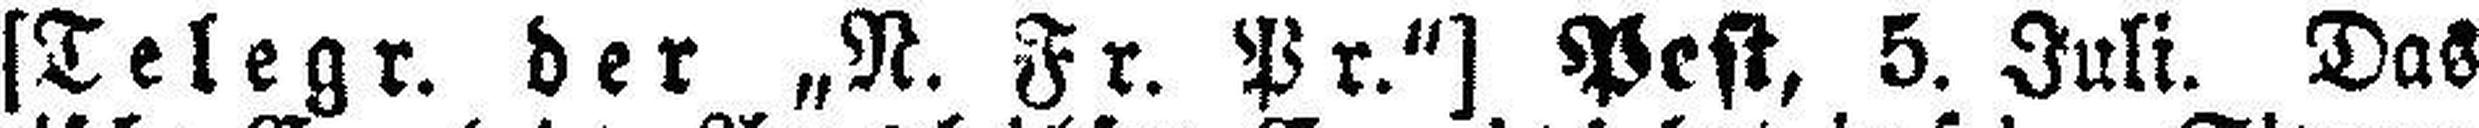
[Telegr. der „N. Fr. Pr.“] Pest, 5. Juli. Das